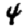
Digit: 4